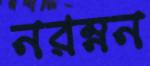
নরম্নন